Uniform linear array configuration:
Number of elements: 4
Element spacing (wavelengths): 0.5
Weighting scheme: blackman
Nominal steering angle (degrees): -30
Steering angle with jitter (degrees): -29.372
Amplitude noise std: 0.05
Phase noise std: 0.05

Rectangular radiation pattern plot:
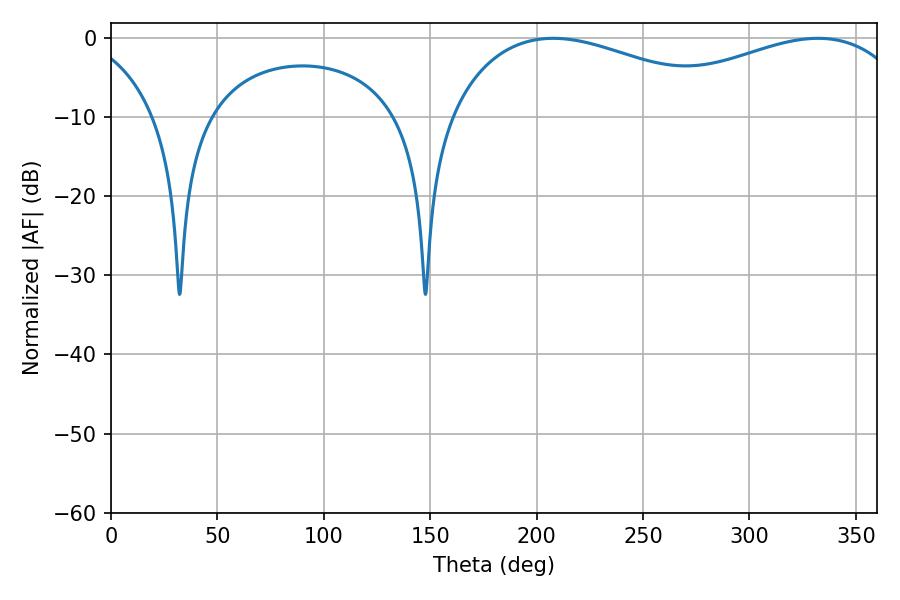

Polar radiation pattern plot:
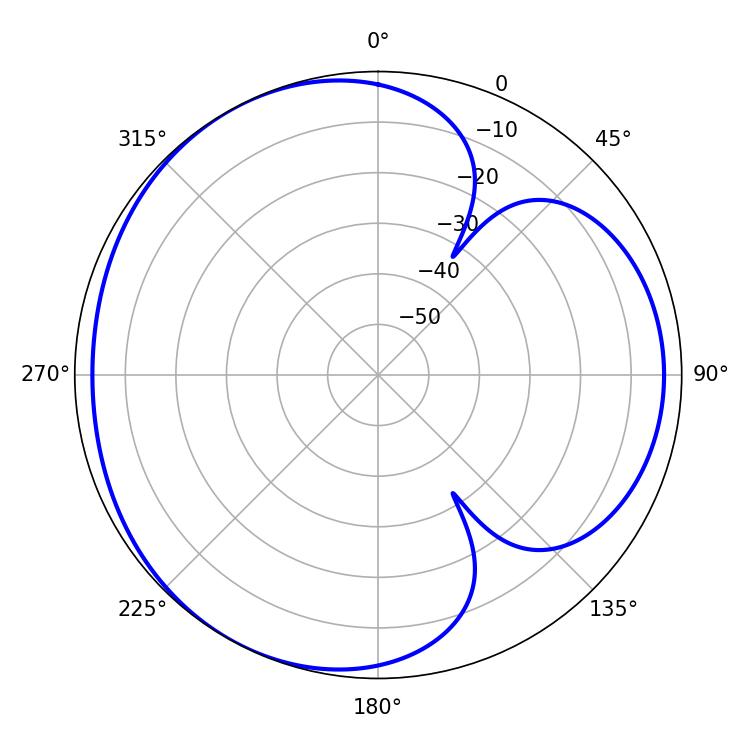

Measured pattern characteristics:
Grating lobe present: FALSE
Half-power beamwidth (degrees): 76.86
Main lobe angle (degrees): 207.72